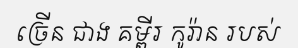
ច្រើន ជាង គម្ពីរ កូរ៉ាន របស់